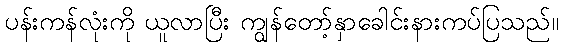
ပန်းကန်လုံးကို ယူလာပြီး ကျွန်တော့်နှာခေါင်းနားကပ်ပြသည်။